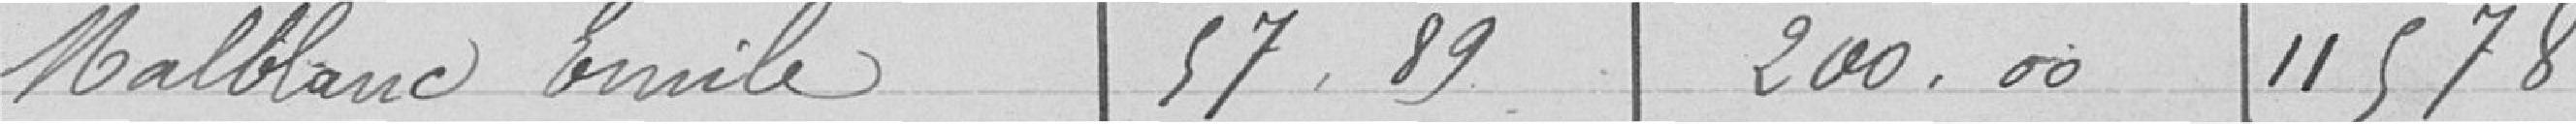
Malblanc Emile. 57,89   200,00    11 578